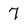
Character: 7